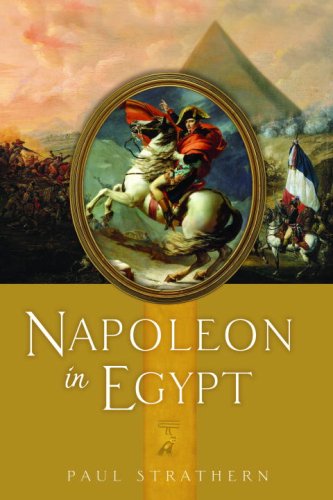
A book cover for Napoleon in Egypt; Paul Strathern; History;